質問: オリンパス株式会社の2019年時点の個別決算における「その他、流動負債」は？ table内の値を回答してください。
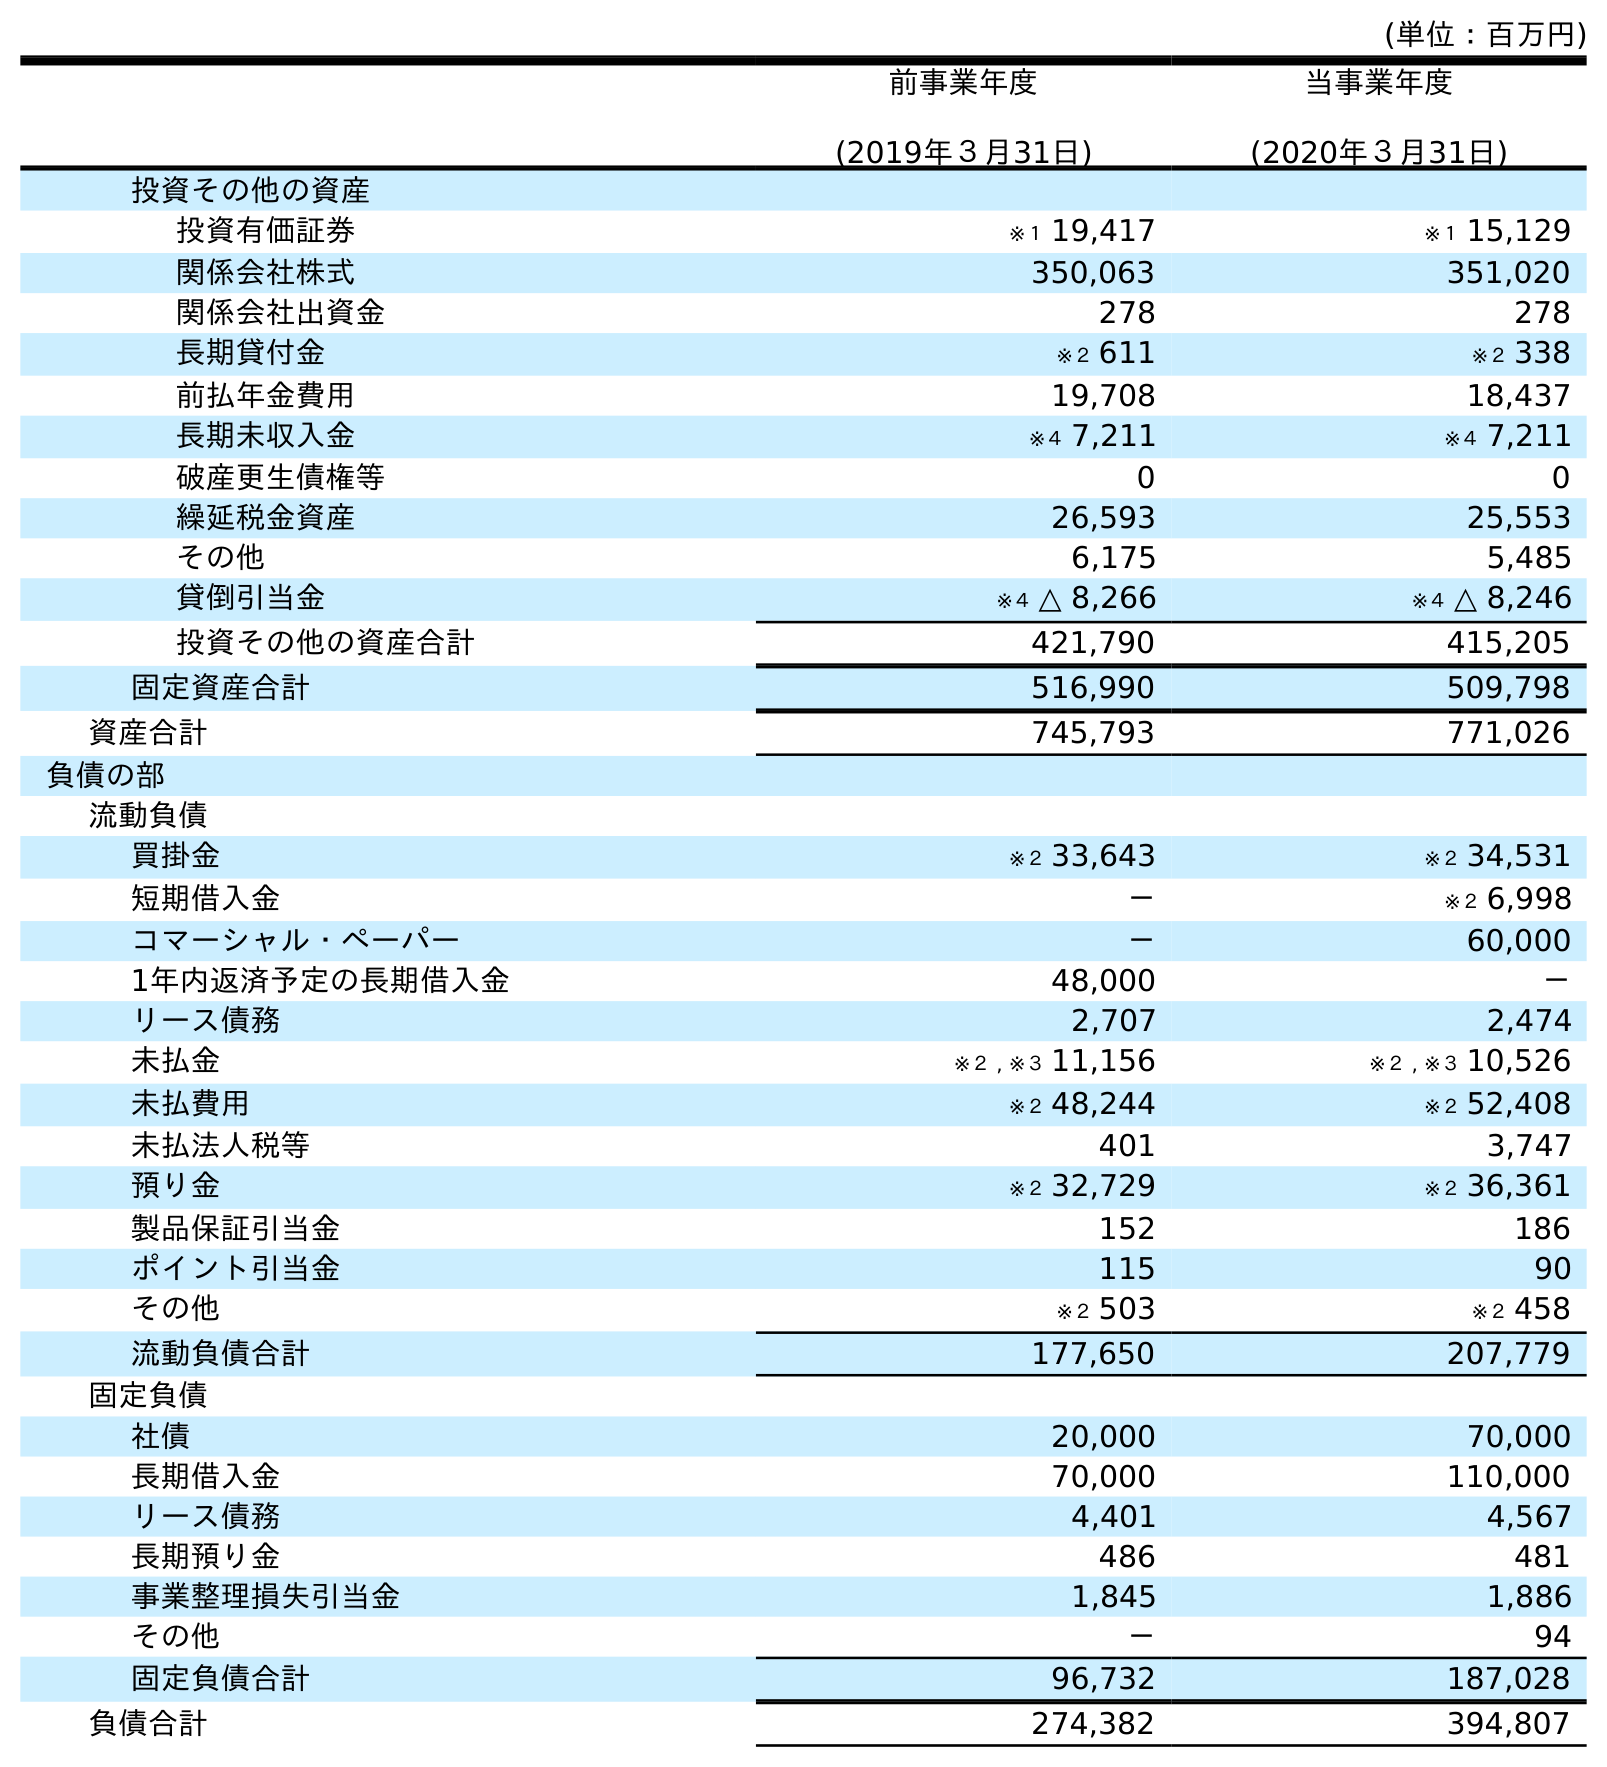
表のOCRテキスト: (単位：百万円) 前事業年度 (2019年３月31日) 当事業年度 (2020年３月31日) 投資その他の資産 投資有価証券 ※１ 19,417 ※１ 15,129 関係会社株式 350,063 351,020 関係会社出資金 278 278 長期貸付金 ※２ 611 ※２ 338 前払年金費用 19,708 18,437 長期未収入金 ※４ 7,211 ※４ 7,211 破産更生債権等 0 0 繰延税金資産 26,593 25,553 その他 6,175 5,485 貸倒引当金 ※４ △ 8,266 ※４ △ 8,246 投資その他の資産合計 421,790 415,205 固定資産合計 516,990 509,798 資産合計 745,793 771,026 負債の部 流動負債 買掛金 ※２ 33,643 ※２ 34,531 短期借入金 － ※２ 6,998 コマーシャル・ペーパー － 60,000 1年内返済予定の長期借入金 48,000 － リース債務 2,707 2,474 未払金 ※２ , ※３ 11,156 ※２ , ※３ 10,526 未払費用 ※２ 48,244 ※２ 52,408 未払法人税等 401 3,747 預り金 ※２ 32,729 ※２ 36,361 製品保証引当金 152 186 ポイント引当金 115 90 その他 ※２ 503 ※２ 458 流動負債合計 177,650 207,779 固定負債 社債 20,000 70,000 長期借入金 70,000 110,000 リース債務 4,401 4,567 長期預り金 486 481 事業整理損失引当金 1,845 1,886 その他 － 94 固定負債合計 96,732 187,028 負債合計 274,382 394,807
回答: ※２503